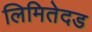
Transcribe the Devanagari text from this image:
लिमितेदड